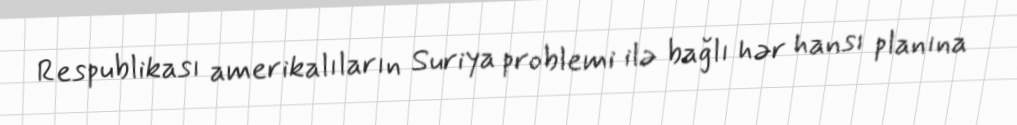
Respublikası amerikalıların Suriya problemi ilə bağlı hər hansı planına